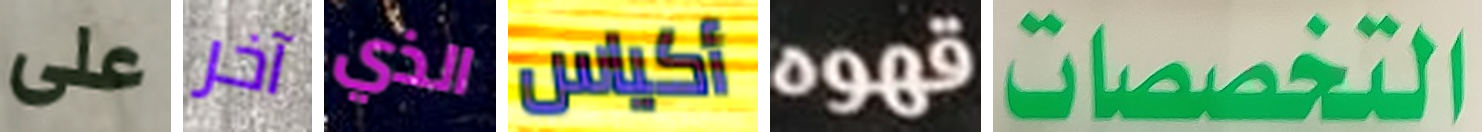
على آخر الذي أكياس قهوه التخصصات